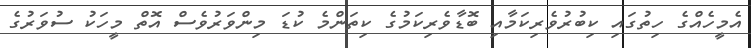
އެމީހެއްގެ ހިތުގައި ކިބުރުވެރިކަމާއި ބޮޑާވެރިކަމުގެ ކިތަންމެ ކުޑަ މިންވަރުވެސް އޮތް މީހަކު ސުވަރުގެ